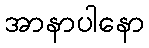
အာနာပါနော